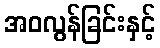
အဝလွန်ခြင်းနှင့်